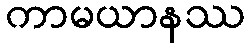
ကာမယာနဿ